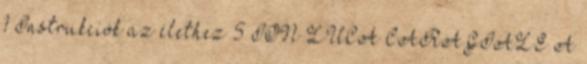
1 Instrukciók az élethez 5 ION LUCA CARAGIALE A